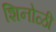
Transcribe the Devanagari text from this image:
शिनोळी